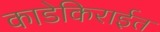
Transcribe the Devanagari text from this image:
काडेकिराईत